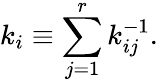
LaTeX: k_{i}\equiv\sum_{j=1}^{r}k_{ij}^{-1}.